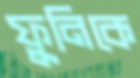
ফুনিকে